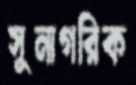
সুনাগরিক